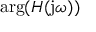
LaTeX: \arg ( H ( \mathrm { j } \omega ) )